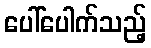
ပေါ်ပေါက်သည့်